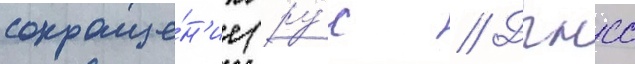
сокраще́н'ие (ру́с // Дгнсс